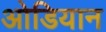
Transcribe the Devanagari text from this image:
ओडियान